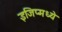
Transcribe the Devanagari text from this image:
इजिप्मध्ये